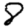
Digit: 8